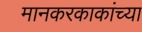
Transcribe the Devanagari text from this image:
मानकरकाकांच्या